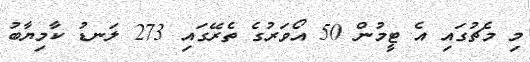
މި މެޗުގައި އެ ޓީމުން 50 އޯވަރުގެ ތެރޭގައި 273 ލަނޑު ކާމިޔާބު